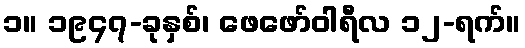
၁။ ၁၉၄၇-ခုနှစ်၊ ဖေဖော်ဝါရီလ ၁၂-ရက်။